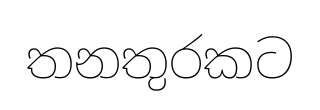
තනතුරකට